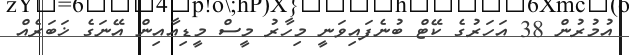
އުމުރުން 38 އަހަރުގެ ކޭޓް ބުނެފައިވަނީ މިހާރު މީސް މީޑިއާއިން އޭނަގެ ޚަބަރެއް